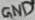
Text: GND